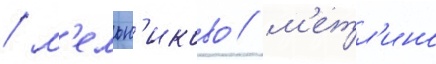
/ м'ельн'иково / м'етл'ино